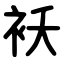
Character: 袄